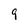
Character: 9